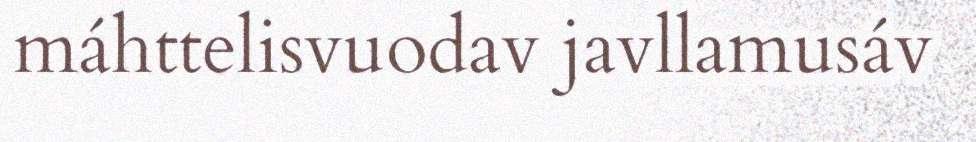
máhttelisvuodav javllamusáv